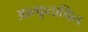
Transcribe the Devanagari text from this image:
आल्कूताथिल